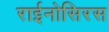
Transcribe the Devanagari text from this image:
राईनोसिरस